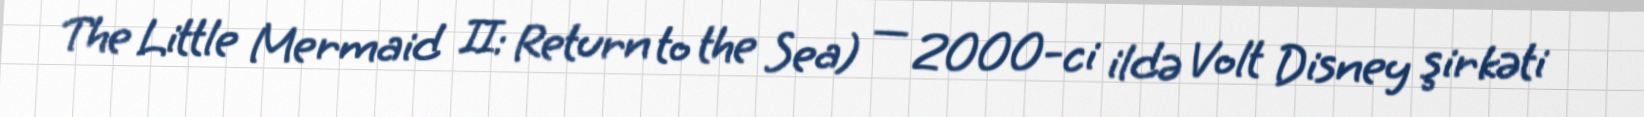
The Little Mermaid II: Return to the Sea) — 2000-ci ildə Volt Disney şirkəti